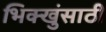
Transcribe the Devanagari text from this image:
भिक्खुंसाठी